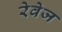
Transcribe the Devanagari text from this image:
रेवेज